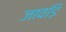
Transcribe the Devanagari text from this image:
जावड़ि